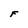
Character: F